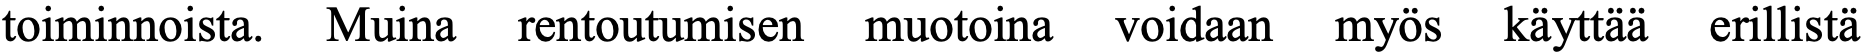
toiminnoista. Muina rentoutumisen muotoina voidaan myös käyttää erillistä